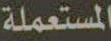
المستعملة